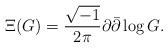
LaTeX: \begin{align*}\Xi(G)={{\sqrt{-1}}\over{2\pi}}\partial\bar\partial\log G.\end{align*}